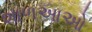
શાળઆઓ